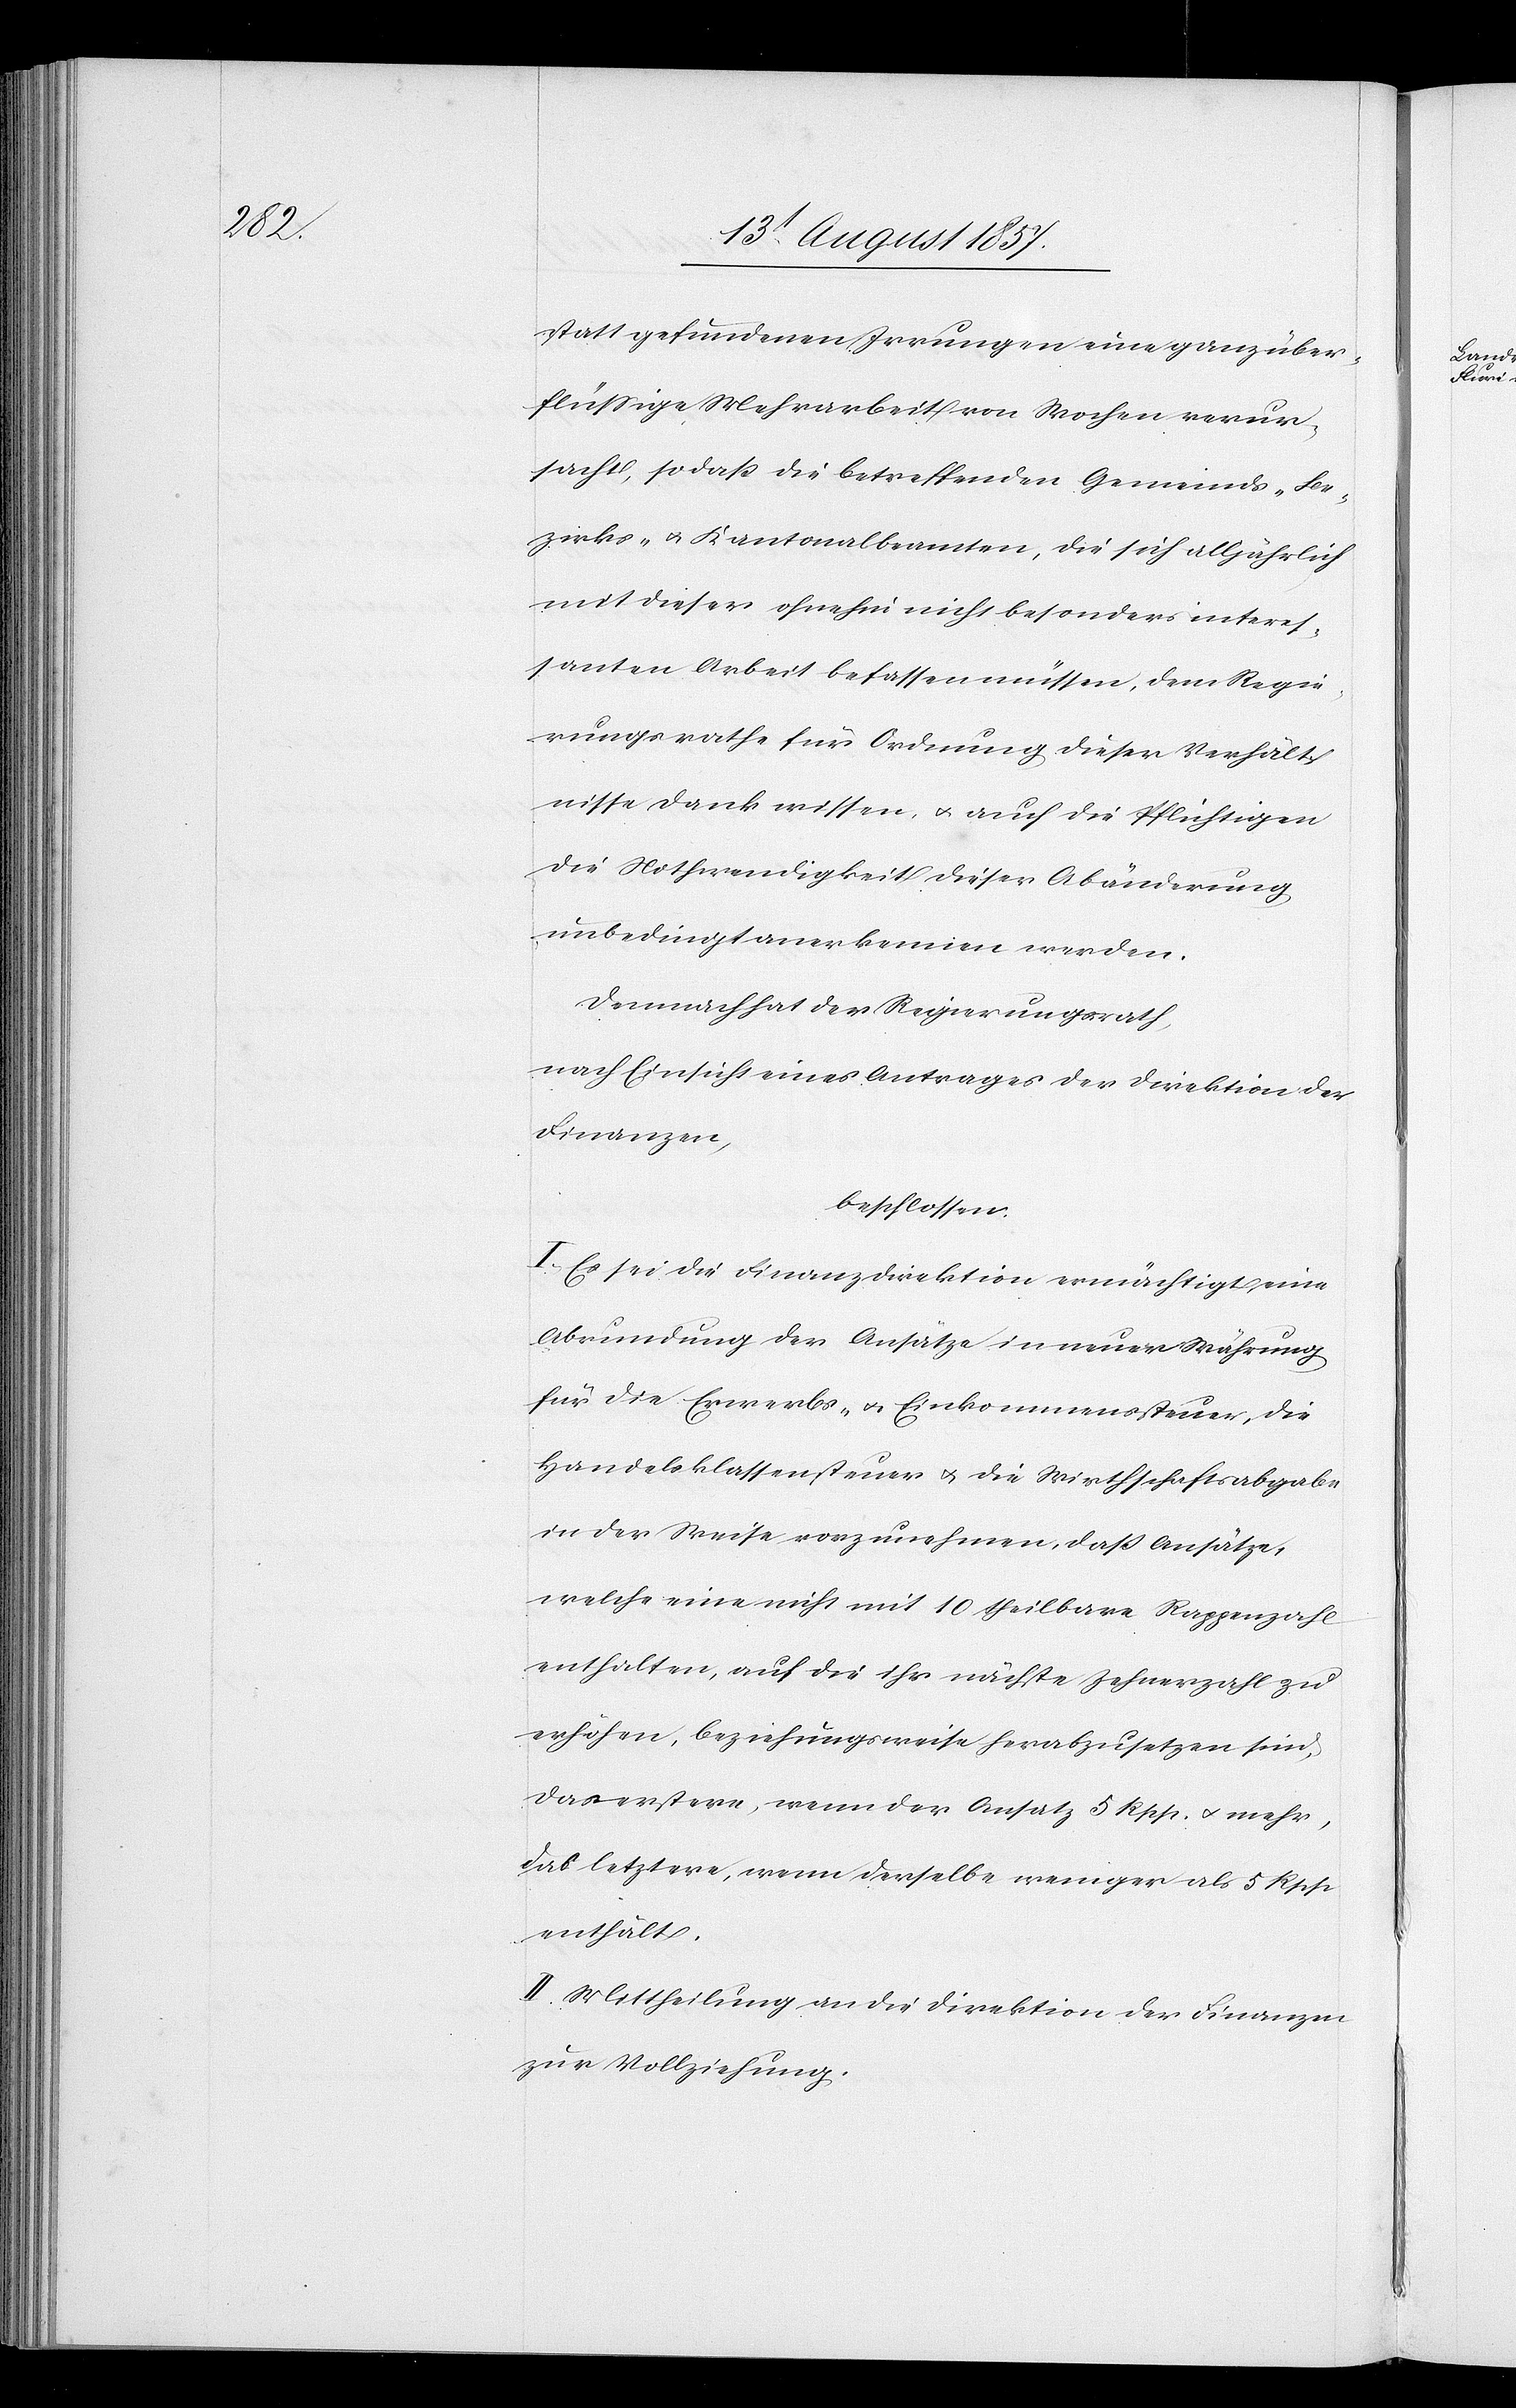
stattgefundenen Irrungen eine ganz über¬
flüssige Mehrarbeit von Wochen verur¬
sacht, so daß die betreffenden Gemeinds- Be¬
zirks- & Kantonalbeamten, die sich alljährlich
mit dieser ohnehin nicht besonders interes¬
santen Arbeit befassen müssen, dem Regie¬
rungsrathe für Ordnung dieser Verhält¬
nisse Dank wissen, & auch die Pflichtigen
die Nothwendigkeit dieser Abänderung
unbedingt anerkennen werden.
Demnach hat der Regierungsrath,
nach Einsicht eines Antrages der Direktion der
Finanzen,
beschlossen:
I. Es sei die Finanzdirektion ermächtigt eine
Abrundung der Ansätze in neuer Währung
für die Erwerbs- & Einkommenssteuer, die
Handelsklassensteuer & die Wirthschaftsabgabe
in der Weise vorzunehmen, daß Ansätze,
welche eine nicht mit 10 theilbare Rappenzahl
enthalten, auf die ihr nächste Zehnerzahl zu
erhöhen, beziehungsweise herabzusetzen sind,
das erstere, wenn der Ansatz 5 Rpp. & mehr,
daß letztere, wenn derselbe weniger als 5 Rpp.
enthält.
II. Mittheilung an die Direktion der Finanzen
zur Vollziehung.